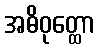
အဓိဝုတ္ထော